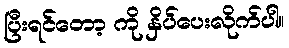
ပြီးရင်တော့ ကို နှိပ်ပေးလိုက်ပါ။